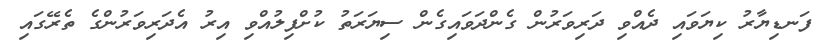
ފަނޑިޔާރު ކިޔަވައި ދެއްވި ދަރިވަރުން ގެންދަވައިގެން ސިޔަރަތު ކުށްފިލުއްވި އިރު އެދަރިވަރުންގެ ތެރޭގައި